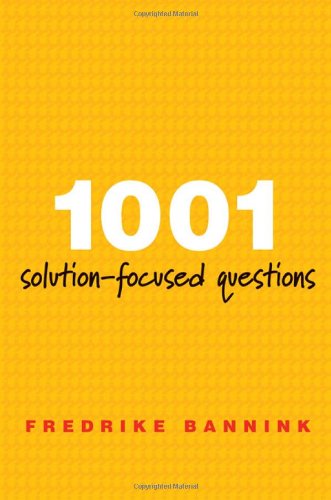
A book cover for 1001 Solution-Focused Questions: Handbook for Solution-Focused Interviewing (A Norton Professional Book); Fredrike Bannink; Medical Books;